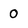
Character: 0